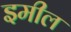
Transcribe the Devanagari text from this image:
इमील